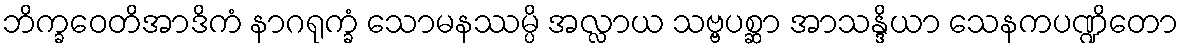
ဘိက္ခဝေတိအာဒိကံ နာဂရုက္ခံ သောမနဿမ္ပိ အလ္လာယ သဗ္ဗပစ္ဆာ အာသန္ဒိယာ သေနကပဏ္ဍိတော